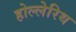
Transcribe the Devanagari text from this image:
होल्लेरिथ